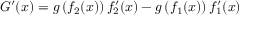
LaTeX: G ^ { \prime } ( x ) = g \left( f _ { 2 } ( x ) \right) { f _ { 2 } ^ { \prime } ( x ) } - g \left( f _ { 1 } ( x ) \right) { f _ { 1 } ^ { \prime } ( x ) }